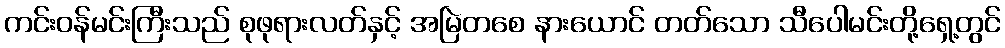
ကင်းဝန်မင်းကြီးသည် စုဖုရားလတ်နှင့် အမြဲတစေ နားယောင် တတ်သော သီပေါမင်းတို့ရှေ့တွင်